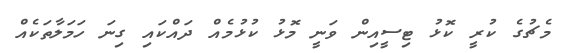
މެޗުގެ ކުރީ ކޮޅު ޓިސީއިން ވަނީ މޮޅު ކުޅުމެއް ދައްކައި ގިނަ ހަމަލާތަކެއް